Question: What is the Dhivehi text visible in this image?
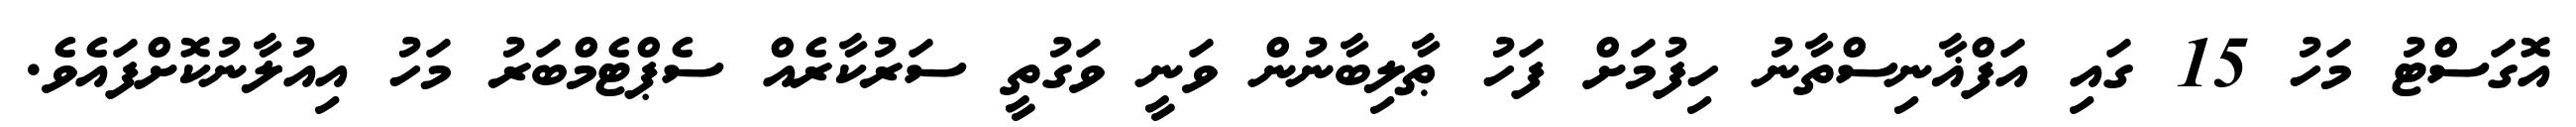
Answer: އޮގަސްޓު މަހު 15 ގައި އަފްޣާނިސްތާނު ހިފުމަށް ފަހު ޠާލިބާނުން ވަނީ ވަގުތީ ސަރުކާރެއް ސެޕްޓެމްބަރު މަހު އިއުލާނުކޮށްފައެވެ.